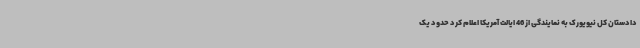
دادستان کل نیویورک به نمایندگی از 46 ایالت آمریکا اعلام کرد حدود یک